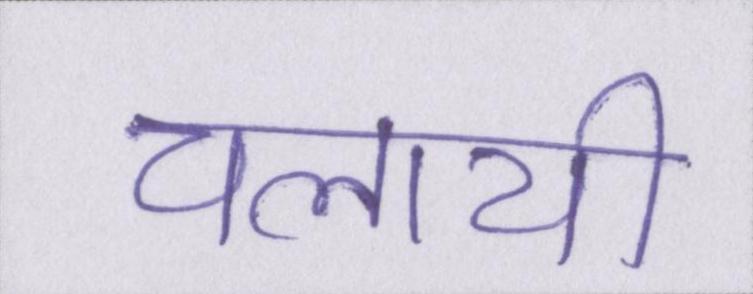
चलायी